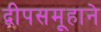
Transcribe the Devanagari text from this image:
द्वीपसमूहाने